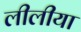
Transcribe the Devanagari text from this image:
लीलीया